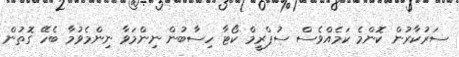
ސަރުކާރުން ކޮންމެ ކަމެއްވެސް ސުޕްރީމް ކޯޓާ ހިސާބުން ނިންމަވާ ނިންމެވުމާ ބެހޭ ގޮތުން